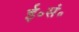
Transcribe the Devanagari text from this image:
ई॰सं॰